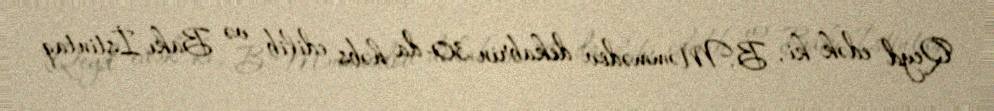
Qeyd edək ki, B.Məmmədov dekabrın 30-da həbs edilib və Bakı İstintaq